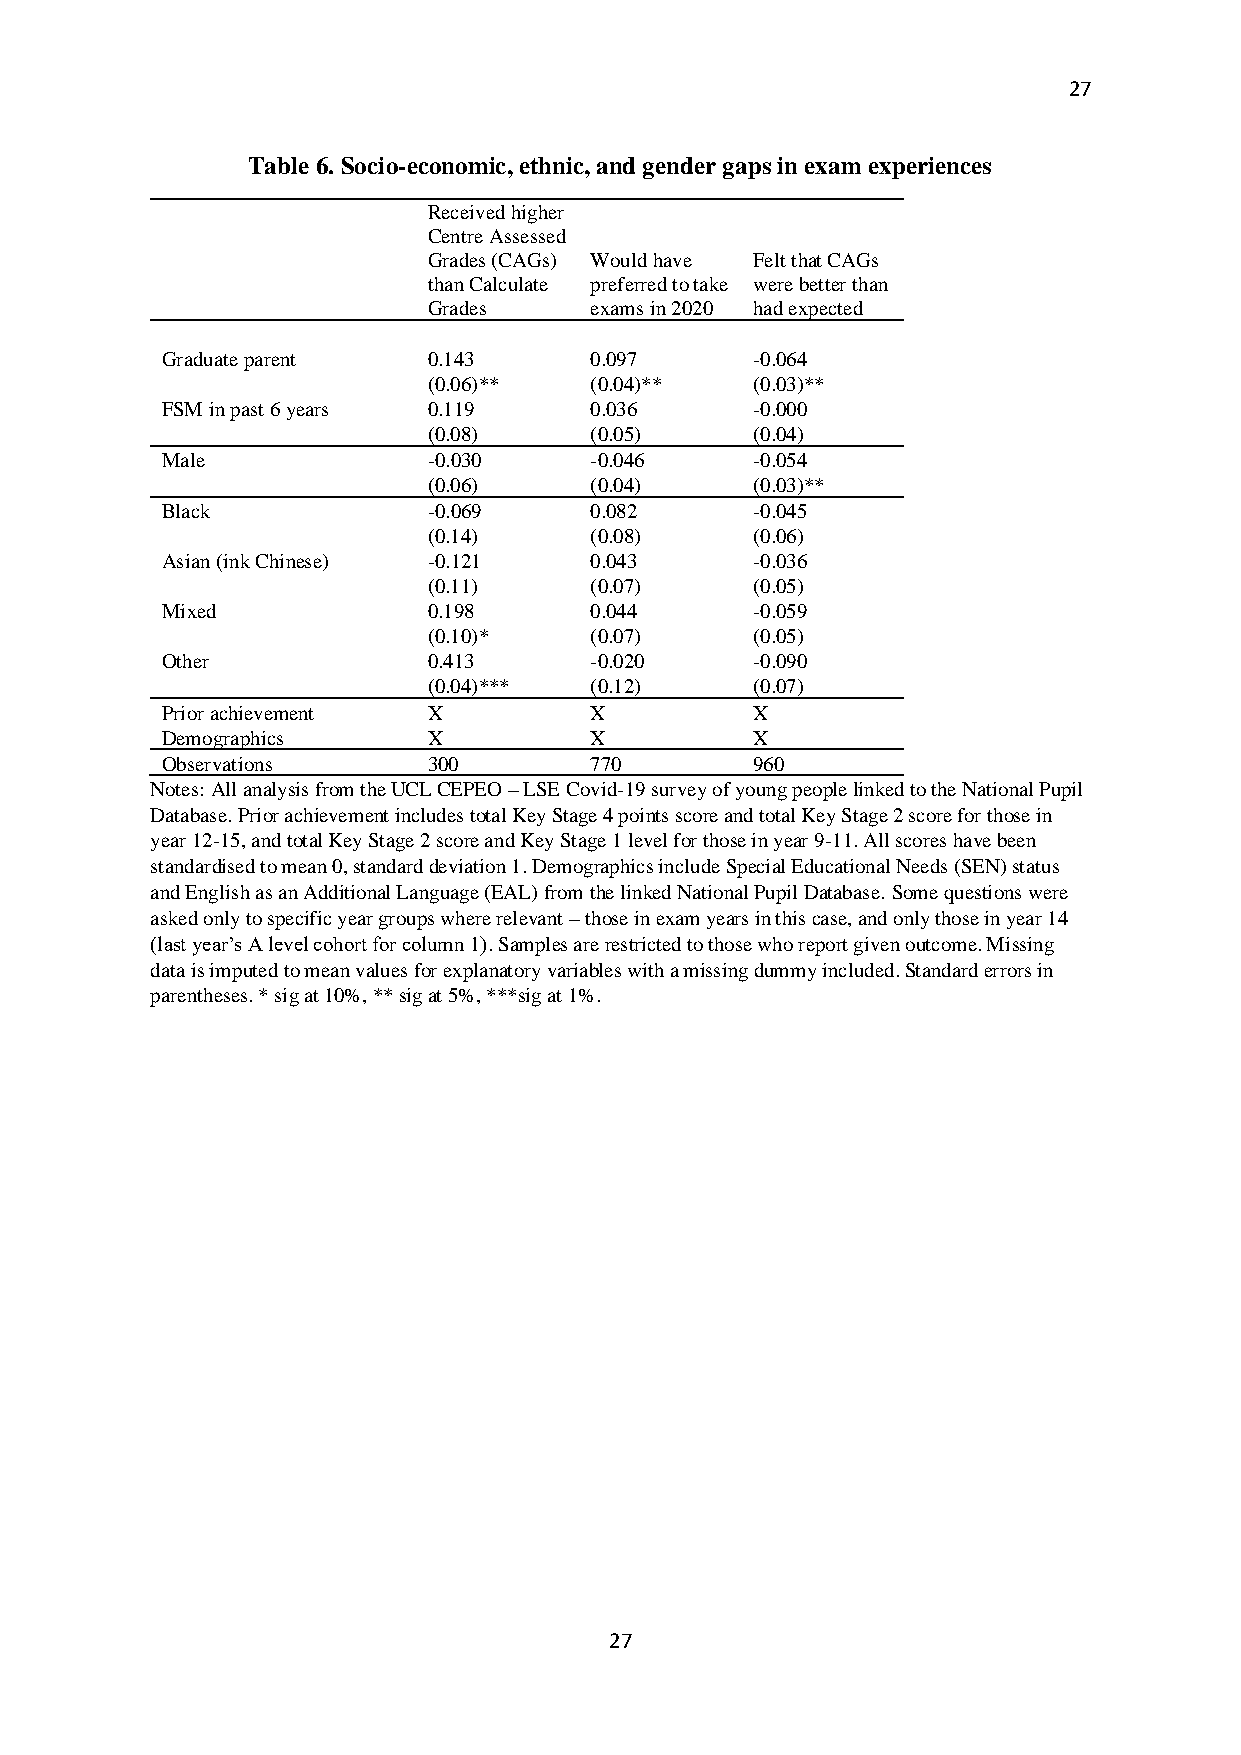
27
 Table 6. Socio-economic, ethnic, and gender gaps in exam experiences
 Received higher
 Centre Assessed
 Grades (CAGs) Would have Felt that CAGs
 than Calculate preferred to take were better than
 Grades     exams in 2020 had expected
 Graduate parent  0.143      0.097      -0.064
 (0.06)**   (0.04)**   (0.03)**
 FSM in past 6 years 0.119   0.036      -0.000
 (0.08)     (0.05)     (0.04)
 Male             -0.030     -0.046     -0.054
 (0.06)     (0.04)     (0.03)**
 Black            -0.069     0.082      -0.045
 (0.14)     (0.08)     (0.06)
 Asian (ink Chinese) -0.121  0.043      -0.036
 (0.11)     (0.07)     (0.05)
 Mixed            0.198      0.044      -0.059
 (0.10)*    (0.07)     (0.05)
 Other            0.413      -0.020     -0.090
 (0.04)***  (0.12)     (0.07)
 Prior achievement X         X          X
 Demographics     X          X          X
 Observations     300        770        960
 Notes: All analysis from the UCL CEPEO – LSE Covid-19 survey of young people linked to the National Pupil
 Database. Prior achievement includes total Key Stage 4 points score and total Key Stage 2 score for those in
 year 12-15, and total Key Stage 2 score and Key Stage 1 level for those in year 9-11. All scores have been
 standardised to mean 0, standard deviation 1. Demographics include Special Educational Needs (SEN) status
 and English as an Additional Language (EAL) from the linked National Pupil Database. Some questions were
 asked only to specific year groups where relevant – those in exam years in this case, and only those in year 14
 (last year’s A level cohort for column 1). Samples are restricted to those who report given outcome. Missing
 data is imputed to mean values for explanatory variables with a missing dummy included. Standard errors in
 parentheses. * sig at 10%, ** sig at 5%, ***sig at 1%.
 27